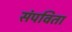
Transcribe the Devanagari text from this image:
संपविता